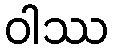
ဝါဿ